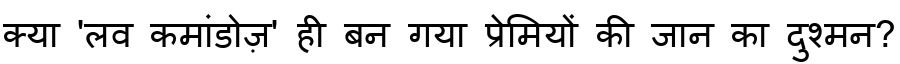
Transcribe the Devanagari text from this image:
क्या 'लव कमांडोज़' ही बन गया प्रेमियों की जान का दुश्मन?